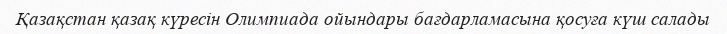
Қазақстан қазақ күресін Олимпиада ойындары бағдарламасына қосуға күш салады